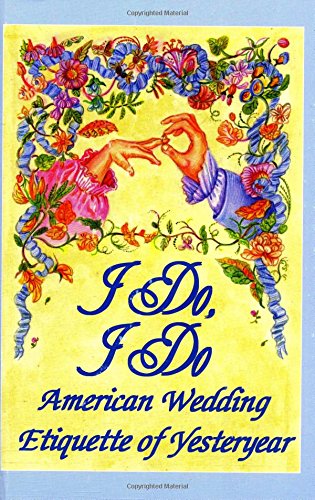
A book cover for I Do, I Do : American Wedding Etiquette of Yesteryear; Susannah A. Driver; Crafts, Hobbies & Home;